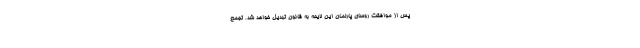
پس از موافقت روسای پارلمان این لایحه به قانون تبدیل خواهد شد. تجمع